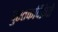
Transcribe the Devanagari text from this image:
पुस्तकविक्रेते